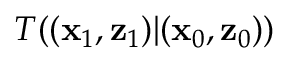
T ( ( \mathbf { x } _ { 1 } , \mathbf { z } _ { 1 } ) | ( \mathbf { x } _ { 0 } , \mathbf { z } _ { 0 } ) )